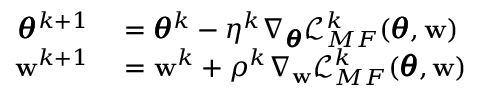
\begin{array} { r l } { \pmb { \theta } ^ { k + 1 } } & { { } = \pmb { \theta } ^ { k } - \eta ^ { k } \nabla _ { \pmb { \theta } } \mathcal { L } _ { M F } ^ { k } ( \pmb { \theta } , \mathbf { w } ) } \\ { \mathbf { w } ^ { k + 1 } } & { { } = \mathbf { w } ^ { k } + \rho ^ { k } \nabla _ { \mathbf { w } } \mathcal { L } _ { M F } ^ { k } ( \pmb { \theta } , \mathbf { w } ) } \end{array}